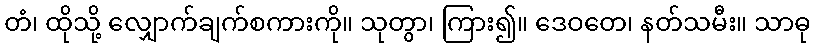
တံ၊ ထိုသို့ လျှောက်ချက်စကားကို။ သုတွာ၊ ကြား၍။ ဒေဝတေ၊ နတ်သမီး။ သာဓု